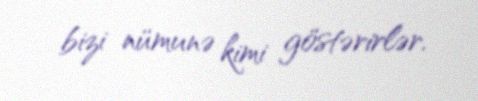
bizi nümunə kimi göstərirlər.